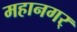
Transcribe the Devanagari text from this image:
महानगर्